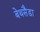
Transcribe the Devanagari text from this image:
बेथसैडा